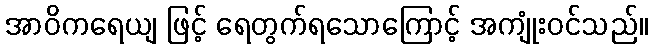
အာဝိကရေယျ ဖြင့် ရေတွက်ရသောကြောင့် အကျုံးဝင်သည်။